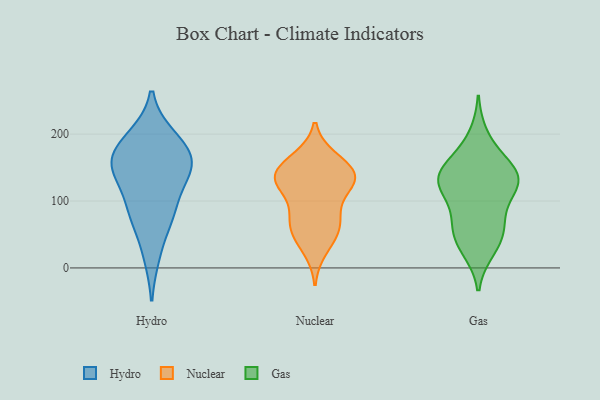
{"axis": {"x": "Market Share (%)", "y": "Value"}, "legend": ["Gas", "Hydro", "Nuclear"], "data": [{"x": "", "y": 193, "type": "Hydro"}, {"x": "", "y": 172, "type": "Hydro"}, {"x": "", "y": 159, "type": "Hydro"}, {"x": "", "y": 146, "type": "Hydro"}, {"x": "", "y": 151, "type": "Hydro"}, {"x": "", "y": 195, "type": "Hydro"}, {"x": "", "y": 133, "type": "Hydro"}, {"x": "", "y": 78, "type": "Hydro"}, {"x": "", "y": 20, "type": "Hydro"}, {"x": "", "y": 156, "type": "Hydro"}, {"x": "", "y": 83, "type": "Hydro"}, {"x": "", "y": 86, "type": "Hydro"}, {"x": "", "y": 124, "type": "Nuclear"}, {"x": "", "y": 138, "type": "Nuclear"}, {"x": "", "y": 131, "type": "Nuclear"}, {"x": "", "y": 28, "type": "Nuclear"}, {"x": "", "y": 163, "type": "Nuclear"}, {"x": "", "y": 128, "type": "Nuclear"}, {"x": "", "y": 62, "type": "Nuclear"}, {"x": "", "y": 127, "type": "Nuclear"}, {"x": "", "y": 161, "type": "Nuclear"}, {"x": "", "y": 143, "type": "Nuclear"}, {"x": "", "y": 140, "type": "Nuclear"}, {"x": "", "y": 58, "type": "Nuclear"}, {"x": "", "y": 50, "type": "Nuclear"}, {"x": "", "y": 80, "type": "Nuclear"}, {"x": "", "y": 83, "type": "Nuclear"}, {"x": "", "y": 134, "type": "Gas"}, {"x": "", "y": 123, "type": "Gas"}, {"x": "", "y": 78, "type": "Gas"}, {"x": "", "y": 144, "type": "Gas"}, {"x": "", "y": 130, "type": "Gas"}, {"x": "", "y": 51, "type": "Gas"}, {"x": "", "y": 124, "type": "Gas"}, {"x": "", "y": 27, "type": "Gas"}, {"x": "", "y": 125, "type": "Gas"}, {"x": "", "y": 161, "type": "Gas"}, {"x": "", "y": 158, "type": "Gas"}, {"x": "", "y": 70, "type": "Gas"}, {"x": "", "y": 58, "type": "Gas"}, {"x": "", "y": 197, "type": "Gas"}, {"x": "", "y": 122, "type": "Gas"}, {"x": "", "y": 33, "type": "Gas"}]}